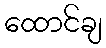
ထောင်ချ